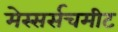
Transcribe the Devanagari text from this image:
मेस्सर्सचमीट